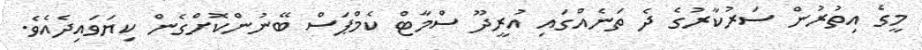
މީގެ އިތުރުން ސަރުކާރުގެ ދެ ތަނެއްގައި އުރީދޫ ސްމާޓް ކެމްޕަސް ބޭނުންކޮށްގެން ކިޔަވައިދެއެވެ.